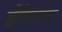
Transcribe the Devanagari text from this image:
ईलियम